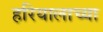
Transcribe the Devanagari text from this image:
हरियालाच्या